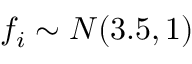
f _ { i } \sim { \cal N } ( 3 . 5 , 1 )